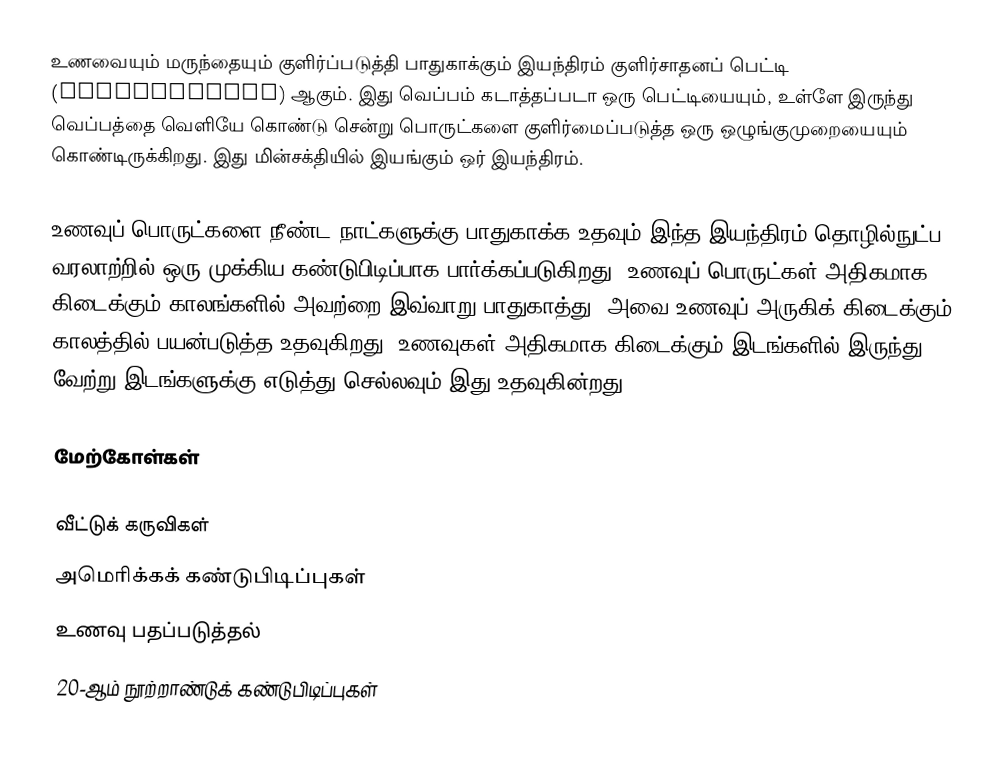
உணவையும் மருந்தையும் குளிர்ப்படுத்தி பாதுகாக்கும் இயந்திரம் குளிர்சாதனப் பெட்டி (Refrigerator) ஆகும். இது வெப்பம் கடாத்தப்படா ஒரு பெட்டியையும், உள்ளே இருந்து வெப்பத்தை வெளியே கொண்டு சென்று பொருட்களை குளிர்மைப்படுத்த ஒரு ஒழுங்குமுறையையும் கொண்டிருக்கிறது. இது மின்சக்தியில் இயங்கும் ஒர் இயந்திரம்.

உணவுப் பொருட்களை நீண்ட நாட்களுக்கு பாதுகாக்க உதவும் இந்த இயந்திரம் தொழில்நுட்ப வரலாற்றில் ஒரு முக்கிய கண்டுபிடிப்பாக பார்க்கப்படுகிறது. உணவுப் பொருட்கள் அதிகமாக கிடைக்கும் காலங்களில் அவற்றை இவ்வாறு பாதுகாத்து, அவை உணவுப் அருகிக் கிடைக்கும் காலத்தில் பயன்படுத்த உதவுகிறது. உணவுகள் அதிகமாக கிடைக்கும் இடங்களில் இருந்து வேற்று இடங்களுக்கு எடுத்து செல்லவும் இது உதவுகின்றது.

மேற்கோள்கள்

வீட்டுக் கருவிகள்
அமெரிக்கக் கண்டுபிடிப்புகள்
உணவு பதப்படுத்தல்
20-ஆம் நூற்றாண்டுக் கண்டுபிடிப்புகள்